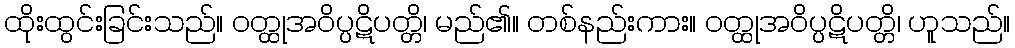
ထိုးထွင်းခြင်းသည်။ ဝတ္ထုအဝိပ္ပဋိပတ္တိ၊ မည်၏။ တစ်နည်းကား။ ဝတ္ထုအဝိပ္ပဋိပတ္တိ၊ ဟူသည်။